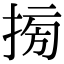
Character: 𢮔